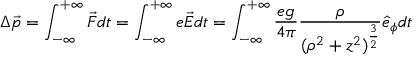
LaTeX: \Delta \vec { p } = \int _ { - \infty } ^ { + \infty } \vec { F } d t = \int _ { - \infty } ^ { + \infty } e \vec { E } d t = \int _ { - \infty } ^ { + \infty } \frac { e g } { 4 \pi } \frac { \rho } { ( \rho ^ { 2 } + z ^ { 2 } ) ^ { \frac { 3 } { 2 } } } \hat { e } _ { \phi } d t